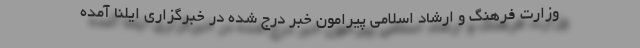
وزارت فرهنگ و ارشاد اسلامی پیرامون خبر درج شده در خبرگزاری ایلنا آمده